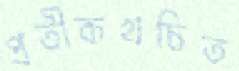
প্রতীকখচিত